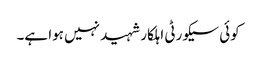
کوئی سیکورٹی اہلکار شہید نہیں ہوا ہے۔